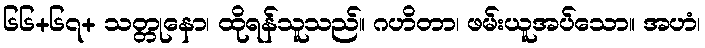
၆၆+၆၇+ သတ္တုနော၊ ထိုရန်သူသည်။ ဂဟိတာ၊ ဖမ်းယူအပ်သော။ အဟံ၊